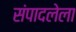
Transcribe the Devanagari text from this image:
संपादलेला